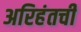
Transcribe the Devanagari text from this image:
अरिहंतची